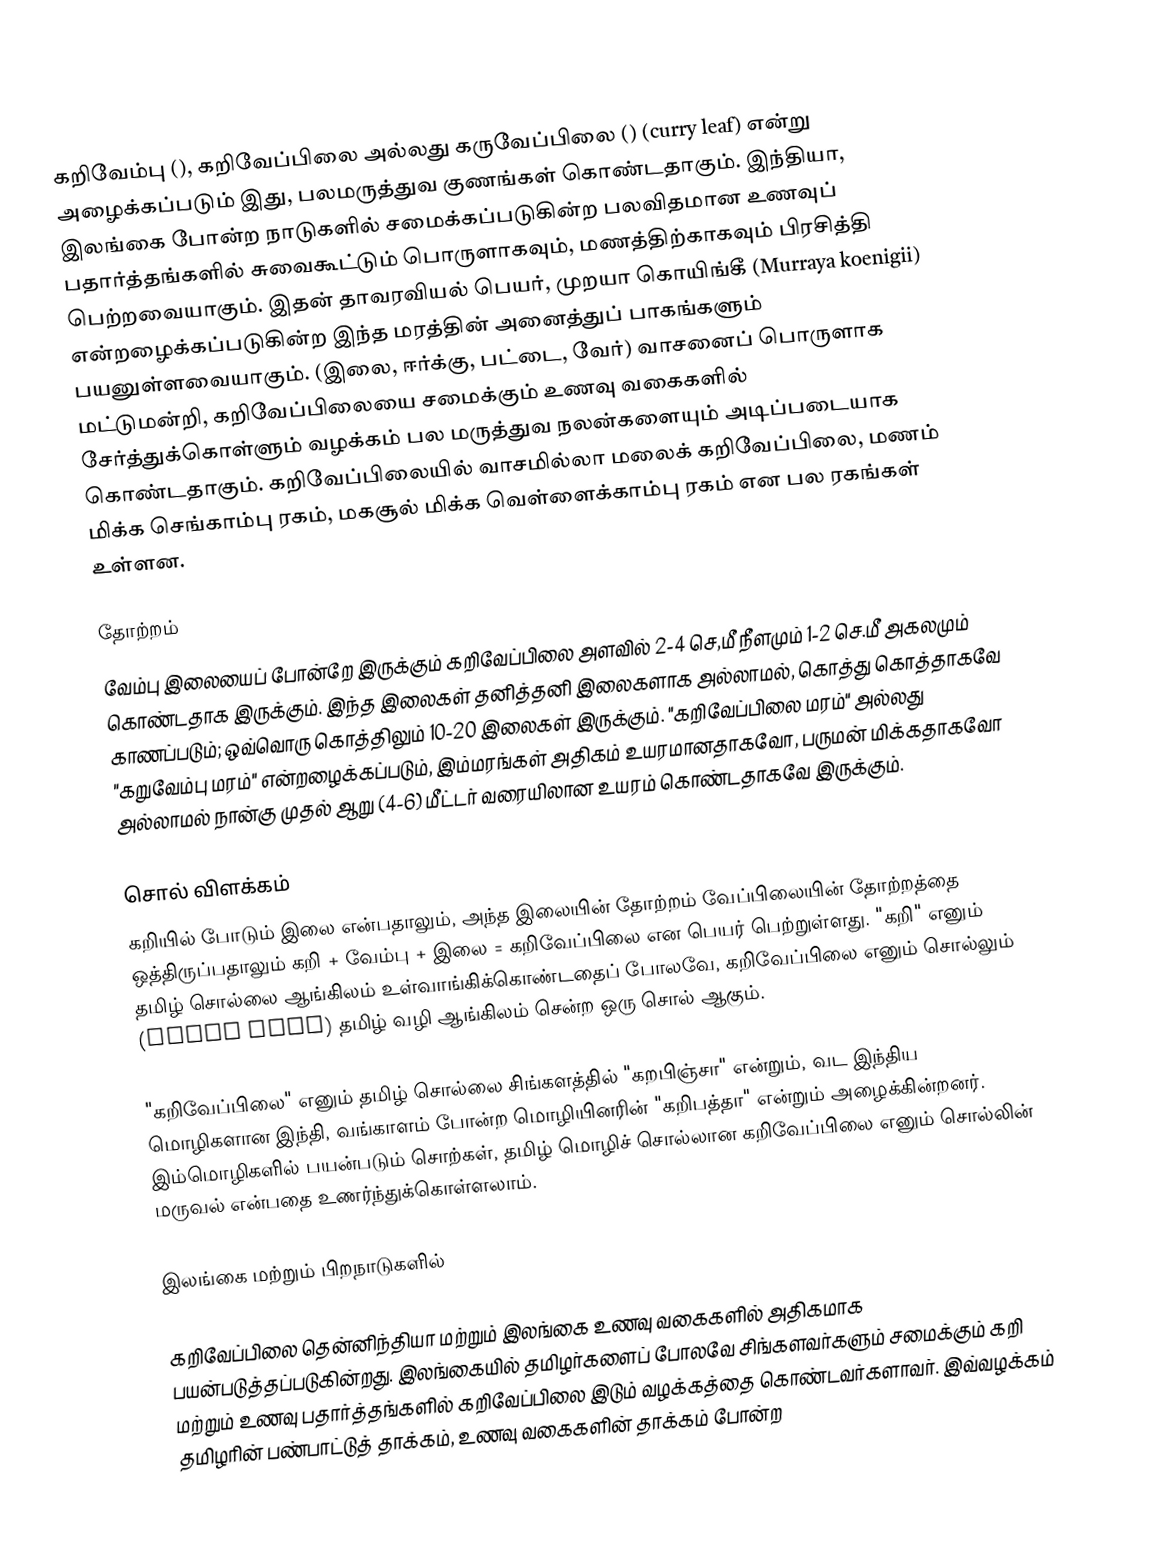
கறிவேம்பு (), கறிவேப்பிலை அல்லது கருவேப்பிலை () (curry leaf) என்று அழைக்கப்படும் இது, பலமருத்துவ குணங்கள் கொண்டதாகும். இந்தியா, இலங்கை போன்ற நாடுகளில் சமைக்கப்படுகின்ற பலவிதமான உணவுப் பதார்த்தங்களில் சுவைகூட்டும் பொருளாகவும், மணத்திற்காகவும் பிரசித்தி பெற்றவையாகும். இதன் தாவரவியல் பெயர், முறயா கொயிங்கீ (Murraya koenigii) என்றழைக்கப்படுகின்ற இந்த மரத்தின் அனைத்துப் பாகங்களும் பயனுள்ளவையாகும். (இலை, ஈர்க்கு, பட்டை, வேர்)  வாசனைப் பொருளாக மட்டுமன்றி, கறிவேப்பிலையை சமைக்கும் உணவு வகைகளில் சேர்த்துக்கொள்ளும் வழக்கம் பல மருத்துவ நலன்களையும் அடிப்படையாக கொண்டதாகும். கறிவேப்பிலையில் வாசமில்லா மலைக் கறிவேப்பிலை, மணம் மிக்க செங்காம்பு ரகம், மகசூல் மிக்க வெள்ளைக்காம்பு ரகம் என பல ரகங்கள் உள்ளன.

தோற்றம்
வேம்பு இலையைப் போன்றே இருக்கும் கறிவேப்பிலை அளவில் 2-4 செ,மீ நீளமும் 1-2 செ.மீ அகலமும் கொண்டதாக இருக்கும். இந்த இலைகள் தனித்தனி இலைகளாக அல்லாமல், கொத்து கொத்தாகவே காணப்படும்; ஒவ்வொரு கொத்திலும் 10-20 இலைகள் இருக்கும். "கறிவேப்பிலை மரம்" அல்லது "கறுவேம்பு மரம்" என்றழைக்கப்படும், இம்மரங்கள் அதிகம் உயரமானதாகவோ, பருமன் மிக்கதாகவோ அல்லாமல்  நான்கு முதல் ஆறு (4-6) மீட்டர் வரையிலான உயரம் கொண்டதாகவே இருக்கும்.

சொல் விளக்கம்
கறியில் போடும் இலை என்பதாலும், அந்த இலையின் தோற்றம் வேப்பிலையின் தோற்றத்தை ஒத்திருப்பதாலும் கறி + வேம்பு + இலை = கறிவேப்பிலை என பெயர் பெற்றுள்ளது. "கறி" எனும் தமிழ் சொல்லை ஆங்கிலம் உள்வாங்கிக்கொண்டதைப் போலவே, கறிவேப்பிலை எனும் சொல்லும் (Curry leaf) தமிழ் வழி ஆங்கிலம் சென்ற ஒரு சொல் ஆகும்.

"கறிவேப்பிலை" எனும் தமிழ் சொல்லை சிங்களத்தில் "கறபிஞ்சா" என்றும், வட இந்திய மொழிகளான இந்தி, வங்காளம் போன்ற மொழியினரின் "கறிபத்தா" என்றும் அழைக்கின்றனர். இம்மொழிகளில் பயன்படும் சொற்கள், தமிழ் மொழிச் சொல்லான கறிவேப்பிலை எனும் சொல்லின் மருவல் என்பதை உணர்ந்துக்கொள்ளலாம்.

இலங்கை மற்றும் பிறநாடுகளில்

கறிவேப்பிலை தென்னிந்தியா மற்றும் இலங்கை உணவு வகைகளில் அதிகமாக பயன்படுத்தப்படுகின்றது. இலங்கையில் தமிழர்களைப் போலவே சிங்களவர்களும் சமைக்கும் கறி மற்றும் உணவு பதார்த்தங்களில் கறிவேப்பிலை இடும் வழக்கத்தை கொண்டவர்களாவர். இவ்வழக்கம் தமிழரின் பண்பாட்டுத் தாக்கம், உணவு வகைகளின் தாக்கம் போன்ற